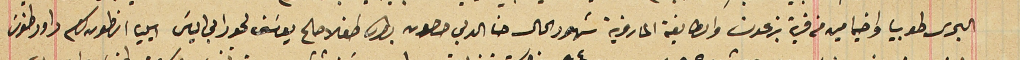
البحرى طوبيا واخيه امين من قرية بزعون والطايفة المارونية شهود الحال حنا الدلبى حصون بطرس طفلا صالح يوسَف لحود ابى الياسَ ايليا انطون كرم داود طنوسَ